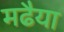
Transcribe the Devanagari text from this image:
मढैया